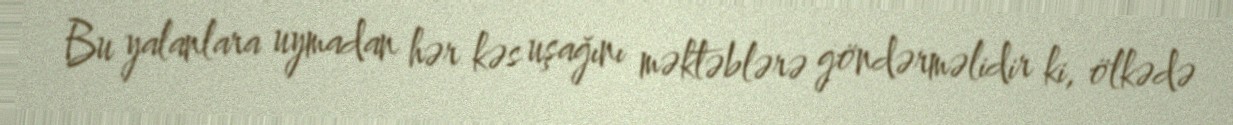
Bu yalanlara uymadan hər kəs uşağını məktəblərə göndərməlidir ki, ölkədə